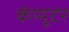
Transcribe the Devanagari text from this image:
कंंप्यूटर